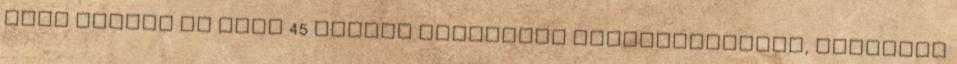
alsó hangon is vagy 45 millió forintnyi megrendelésről, merthogy